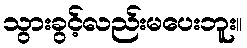
သွားခွင့်လည်းမပေးဘူး။